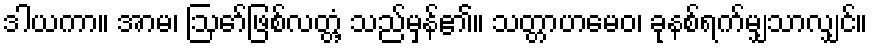
ဒါယကာ။ အာမ၊ ဩော်ဖြစ်လတ္တံ့ သည်မှန်၏။ သတ္တာဟမေဝ၊ ခုနစ်ရက်မျှသာလျှင်။